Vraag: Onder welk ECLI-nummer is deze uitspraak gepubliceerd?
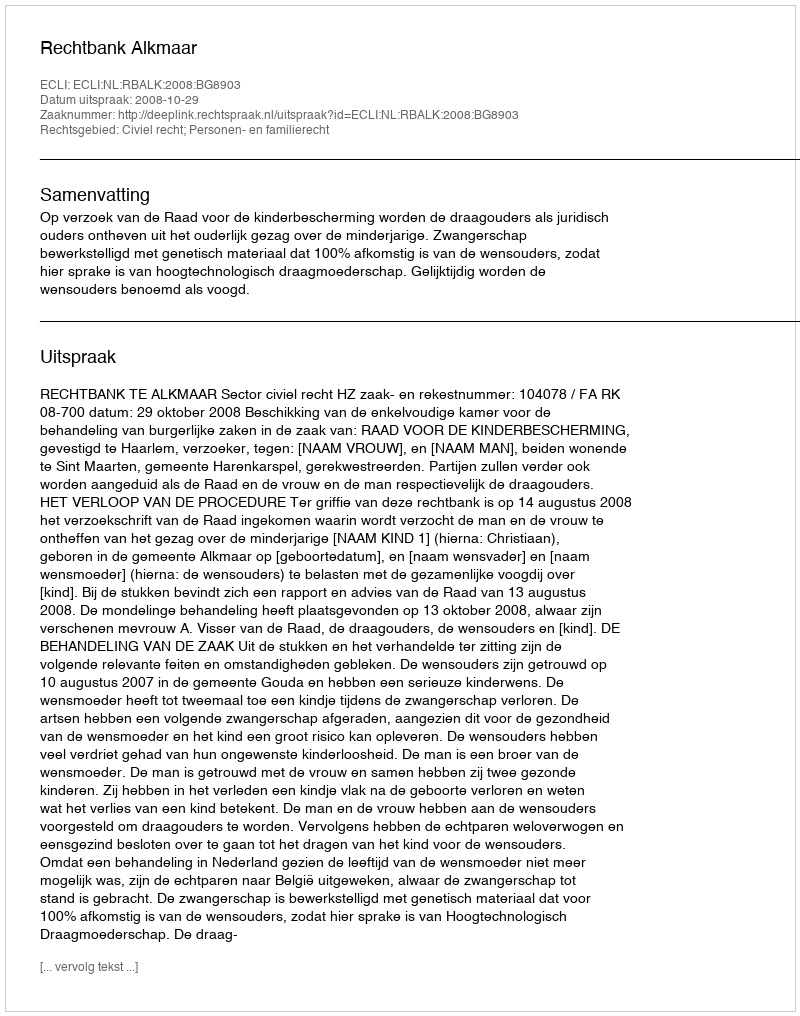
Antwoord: ECLI:NL:RBALK:2008:BG8903